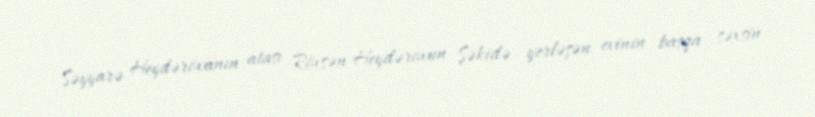
Səyyarə Heydərovanın atası Rövşən Heydərovun Şəkidə yerləşən evinin başqa şəxsin